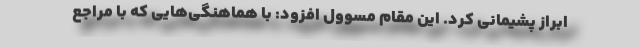
ابراز پشیمانی کرد. این مقام مسوول افزود: با هماهنگی‌هایی که با مراجع